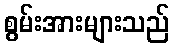
စွမ်းအားများသည်